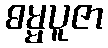
ဓမ္မပူဇာ